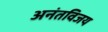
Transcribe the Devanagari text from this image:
अनंतविजय